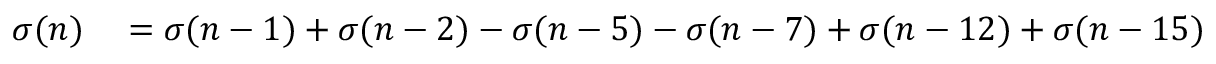
\begin{array} { r l } { \sigma ( n ) } & { { } = \sigma ( n - 1 ) + \sigma ( n - 2 ) - \sigma ( n - 5 ) - \sigma ( n - 7 ) + \sigma ( n - 1 2 ) + \sigma ( n - 1 5 ) + \cdots } \end{array}